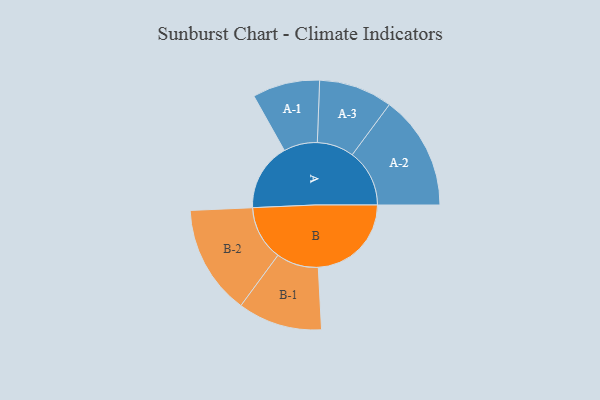
{"axis": {"x": "Segment", "y": "Value"}, "legend": ["", "A", "B"], "data": [{"x": "A", "y": 215, "type": ""}, {"x": "B", "y": 296, "type": ""}, {"x": "A-1", "y": 107, "type": "A"}, {"x": "A-2", "y": 182, "type": "A"}, {"x": "A-3", "y": 117, "type": "A"}, {"x": "B-1", "y": 134, "type": "B"}, {"x": "B-2", "y": 174, "type": "B"}]}